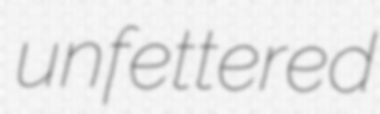
unfettered